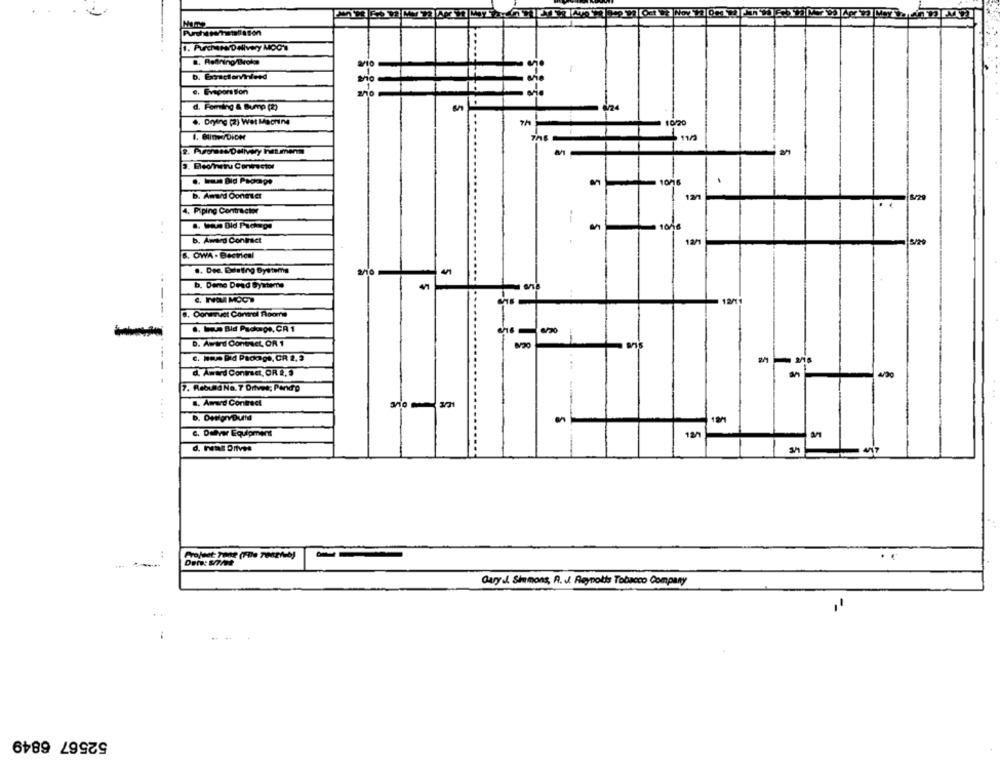
1. PurchaseDelivery MOC'T
B. Astring Broke
e. Evaporation
5-5-5-
d. Forming & Bump (2)
8/24
.. Drying (2) Wet Machine
10/20
2. Pronese/Delivery Inet.menm
3. Bleofinstru Contractor
10/6
b. Award Conect
12/1
&/29
4. Piping Contractor
--
..
1046
b. Award Contract
6. OWA - Bectrical
.. Dec. Existing Bystems
b. Deme Dead Bysterne
12/1
8. Correct Control Roomne
-----
-
D. Award Contract, OR 1
----
d. Award Contract, OR 2, 9
7. Rebuild No. 7 Drives; Pand'o
a. Award Contract
C. Dulver Equipment
120
d. Istas Drives
Gary d. Simmons, A. J. Reynolds Tobacco Company
..
52567 6849